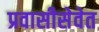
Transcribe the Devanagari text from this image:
प्रवासीसेवेत